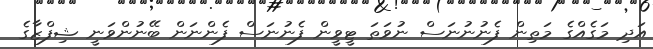
އަދި މަގެއްގެ މަތިން ފެނުނުނަސް ނުވަތަ ޓީވީން ފެނުނަސް ފެންނަން ބޭނުންވަނީ ޝިފްޒާގެ